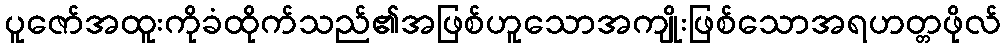
ပူဇော်အထူးကိုခံထိုက်သည်၏အဖြစ်ဟူသောအကျိုးဖြစ်သောအရဟတ္တဖိုလ်